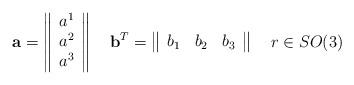
LaTeX: \begin{align*}{\bf a}=\left\|\begin{array}{c}a^1\\a^2\\a^3\end{array}\right\| \quad{\bf b}^T=\left\|\begin{array}{ccc}b_1&b_2&b_3\end{array}\right\|\quad r\in SO(3)\end{align*}